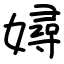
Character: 㜦